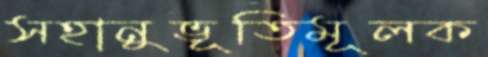
সহানুভূতিমূলক